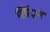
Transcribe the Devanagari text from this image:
स्पिं्रग